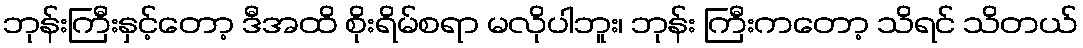
ဘုန်းကြီးနှင့်တော့ ဒီအထိ စိုးရိမ်စရာ မလိုပါဘူး၊ ဘုန်း ကြီးကတော့ သိရင် သိတယ်